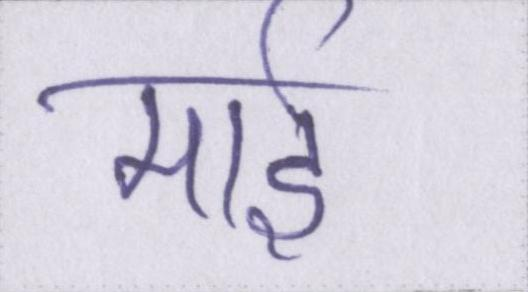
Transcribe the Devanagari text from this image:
माई